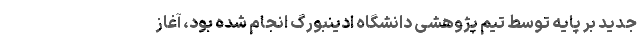
جدید بر پایه توسط تیم پژوهشی دانشگاه ادینبورگ انجام شده بود، آغاز